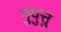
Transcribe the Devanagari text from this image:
नुपुत्तु